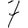
Digit: 7